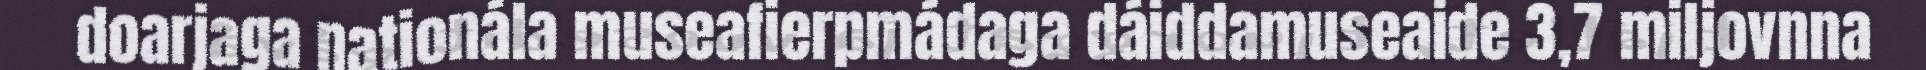
doarjaga nationála museafierpmádaga dáiddamuseaide 3,7 miljovnna